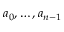
a _ { 0 } , \ldots , a _ { n - 1 }